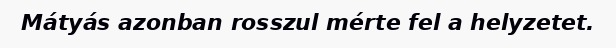
Mátyás azonban rosszul mérte fel a helyzetet.